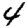
Digit: 4